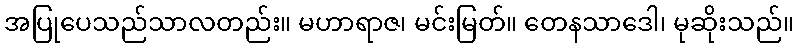
အပြုပေသည်သာလတည်း။ မဟာရာဇ၊ မင်းမြတ်။ တေနသာဒေါ၊ မုဆိုးသည်။